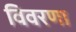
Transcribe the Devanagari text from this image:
विवरणा